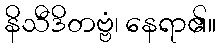
နိသီဒိတဗ္ဗံ၊ နေရာ၏။